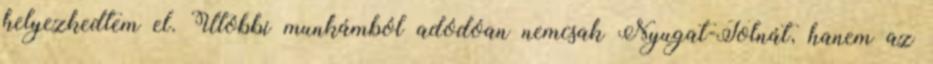
helyezkedtem el. Utóbbi munkámból adódóan nemcsak Nyugat-Tolnát, hanem az